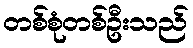
တစ်စုံတစ်ဦးသည်